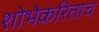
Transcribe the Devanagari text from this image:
शोभेकरिताच